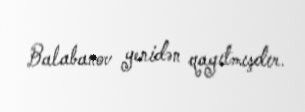
Balabanov yenidən qayıtmışdır.